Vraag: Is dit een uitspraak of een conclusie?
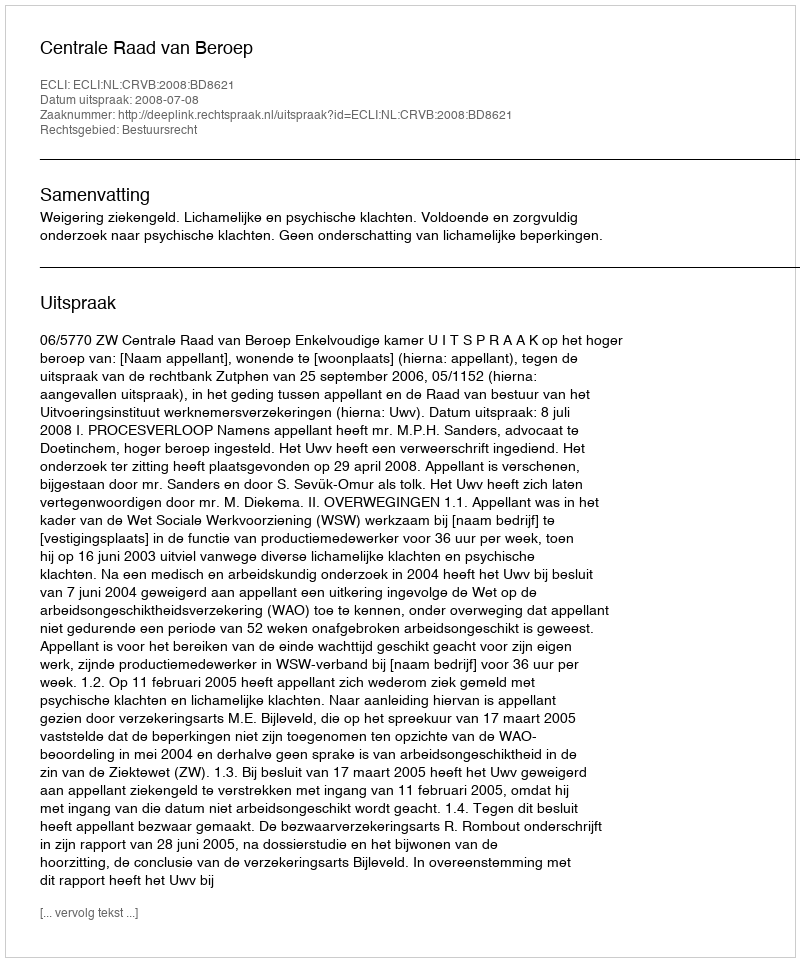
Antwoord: Uitspraak